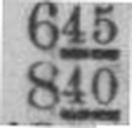
840